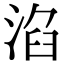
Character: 淊